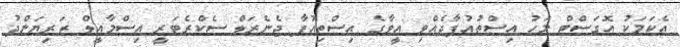
އެކަމަކު އޮގަސްޓް މަހު އިސްތުއުފާދެއްވި އީވާގެ އިސްތިއުފާ ޖެނެރަލް ސެކްރެޓަރީ އިސްމާއީލް ޒަރިޔަންދު